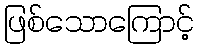
ဖြစ်သောကြောင့်